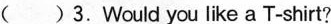
A.你想要一件T恤衫吗? B.你喜欢T恤衫吗?